Leprosy in India: report of the Leprosy Commission in India, 1890-91
Year: 1890
Disease focus: Leprosy
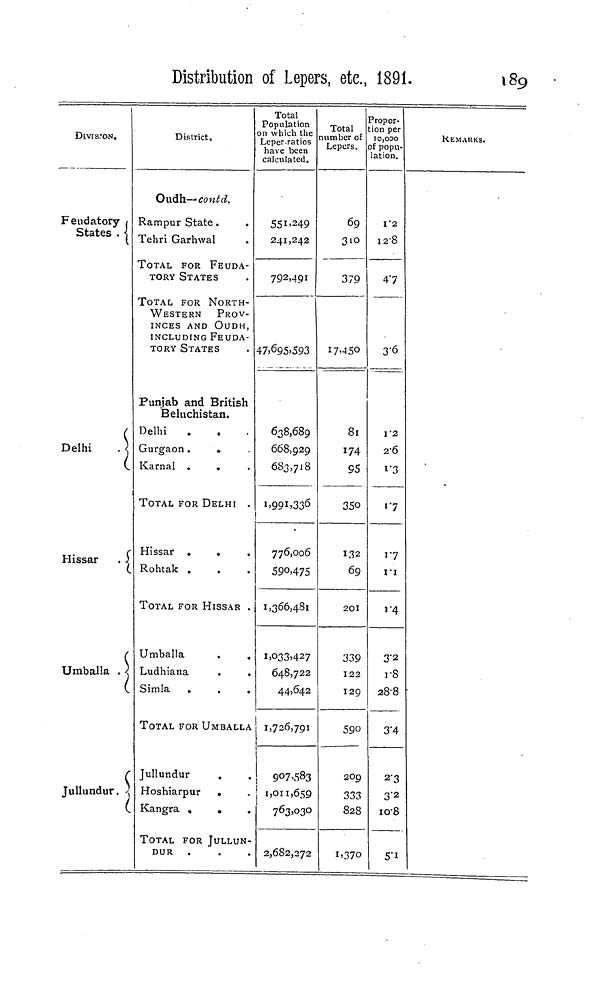
Distribution of Lepers, etc., 1891.
189
Dtvrs.'ON.
Feudatory /
States . i
C
Delhi
. ]
(
Hissar
. '.
Umballa . -
1
Jullundur. -
District.
Oudh— contd.
ampur State.
fehri Garhwal
TOTAL FOR FEUDA-
TORY STATES
TOTAL FOR NORTH-
WESTERN PROV-
INCES AND OUDH,
INCLUDING FEUDA-
TORY STATES
Punjab and British
Beluchistan.
Delhi
Gurgaon.
.
Karnal .
.
TOTAL FOR DELHI .
Hissar .
.
Rohtak .
TOTAL FOR HISSAR .
Umballa
Ludhiana
Simla
,
.
.
TOTAL FOR UMBALLA
Jullundur
.
Hoshiarpur
.
Kangra ,
.
TOTAL FOR JULLUN-
DUR
Total
Population
)n which the
Leper-ratios
have been
calculated.
55! ' 2 49
241,242
792,491
47>695»593
638,689
668,929
683,718
i>99 1 >33 6
776,006
590,475
1,366,481
1,033,427
648,722
44,642
1,726,791
1
r
9°7vS83
j 1,011,659
763,030
2,682,272
Total
lumber of
Lepers.
69
3'°3
79
I7'-15O
81
174
95
350
132
69
201
339
122
129
590
20c
33C
82J
i>37c
Propor-
tion per
10,000
of popu-
lation.
I"2
12-8
47
3-6
I '2
2-6
i "3
i'7
17
i'i
'"4
3-2
1-8
28-8
3'4
>
2-3
i
3'2
5 io-8
REMARKS.